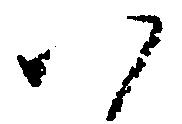
以